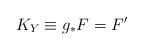
LaTeX: \begin{align*}K_Y\equiv g_{\ast}F=F^{\prime}\end{align*}